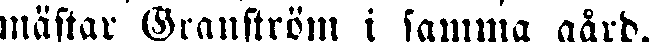
mästar Granström i samma gård.